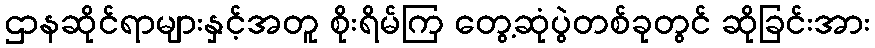
ဌာနဆိုင်ရာများနှင့်အတူ စိုးရိမ်ကြ တွေ့ဆုံပွဲတစ်ခုတွင် ဆိုခြင်းအား